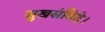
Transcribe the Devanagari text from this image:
सुखसंविदे।